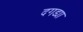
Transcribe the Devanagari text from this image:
दगड्या